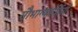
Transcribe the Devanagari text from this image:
सौभाग्यवर्धिनी